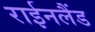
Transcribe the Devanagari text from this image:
राईनलैंड